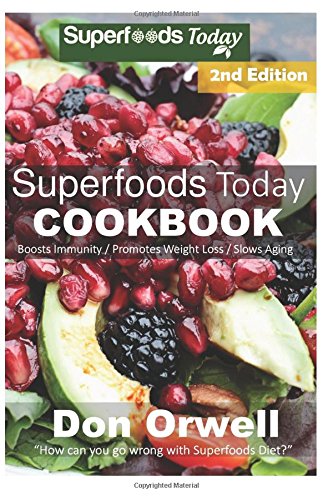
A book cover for Superfoods Today Cookbook: 200+ Recipes of Quick & Easy, Low Fat, Gluten Free, Wheat Free, Whole Foods Superfoods for Weight Loss Transformation ... - weight loss plan for women) (Volume 32); Don Orwell; Cookbooks, Food & Wine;